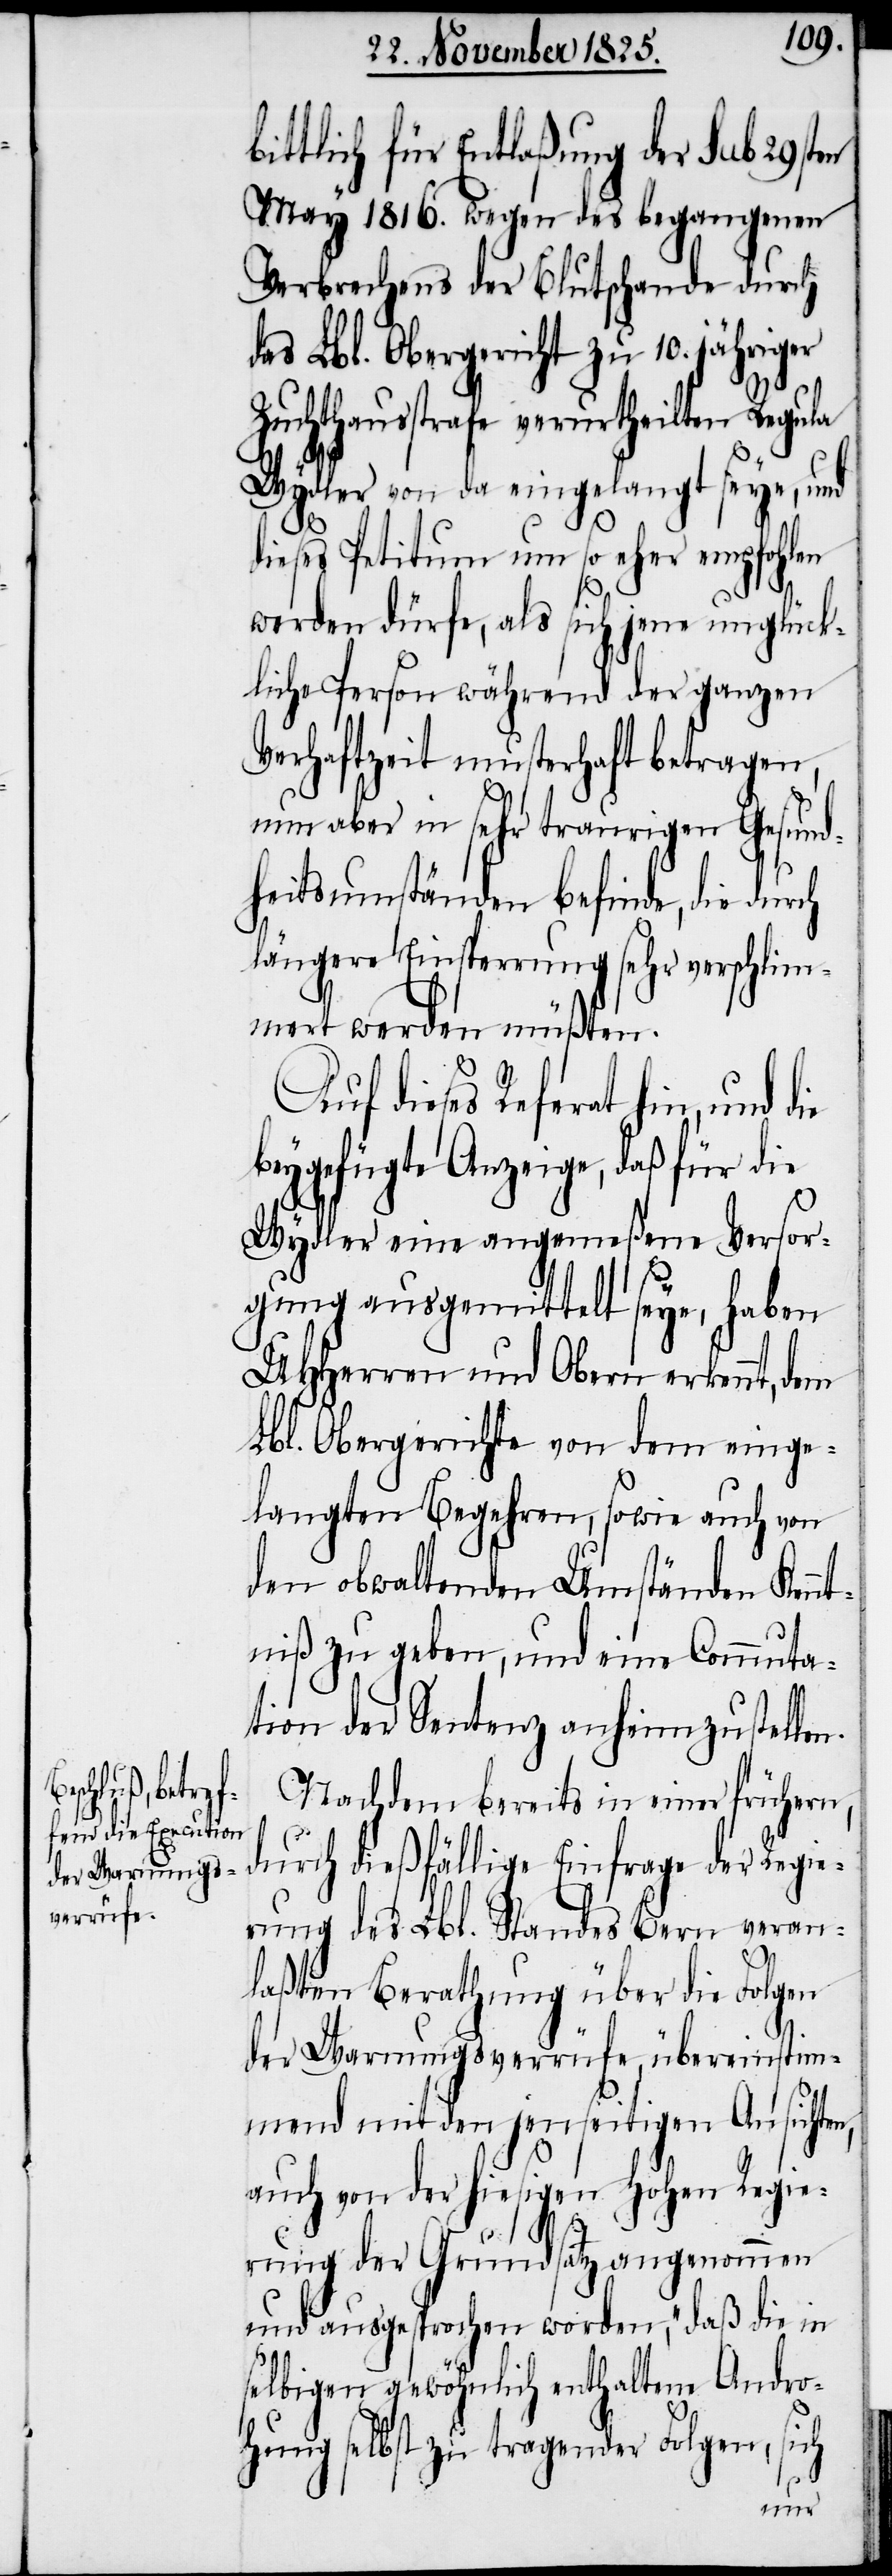
ittlich für Entlaßung der sub 29sten
May 1816. wegen des begangenen
Verbrechens der Blutschande durch
das Lbl. Obergericht zu 10. jähriger
Zuchthausstrafe verurtheilten Regula
Wydler von da eingelangt seye, und
dieses Petitum um so eher empfohlen
werden dürfe, als sich jene unglück¬
liche Person während der ganzen
Verhaftzeit musterhaft betragen,
nun aber in sehr traurigen Gesund¬
heitsumständen befinde, die durch
längere Einsperrung sehr verschlim¬
mert werden müßten.
Auf dieses Referat hin, und die
beygefügte Anzeige, daß für die
Wydler eine angemeßene Versor¬
gung ausgemittelt seye, haben
UHHerren und Obern erkennt, dem
Lbl. Obergerichte von dem einge¬
langten Begehren, sowie auch von
dem obwaltenden Umständen Kenn¬
tniß zu geben, und eine Commuta¬
tion der Sentenz anheim zu stelle¬
Nachdem bereits in einer frühern,
durch dießfällige Einfrage der Regie¬
rung des Lbl. Standes Bern veran¬
laßten Berathung über die Folgen
der Warnungsverrüfe übereinstim¬
mend mit den jenseitigen Ansichten,
auch von der hiesigen hohen Regie¬
b¬
rung der Grundsatz angenommen
und ausgesprochen worden, „daß die in
selbigen gewöhnlich enthaltene Andro¬
hung selbst zu tragender Folgen, sich
n.